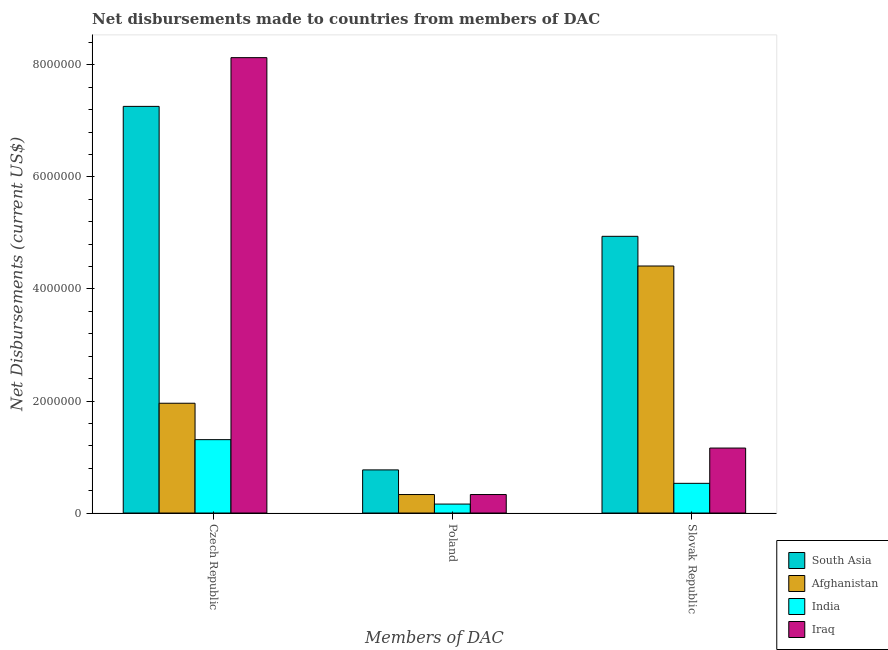
| Members of DAC | South Asia | Afghanistan | India | Iraq |
 | --- | --- | --- | --- | --- |
 | Czech Republic | 7.26e+06 | 1.96e+06 | 1.31e+06 | 8.13e+06 |
 | Poland | 7.7e+05 | 3.3e+05 | 1.6e+05 | 3.3e+05 |
 | Slovak Republic | 4.94e+06 | 4.41e+06 | 5.3e+05 | 1.16e+06 |